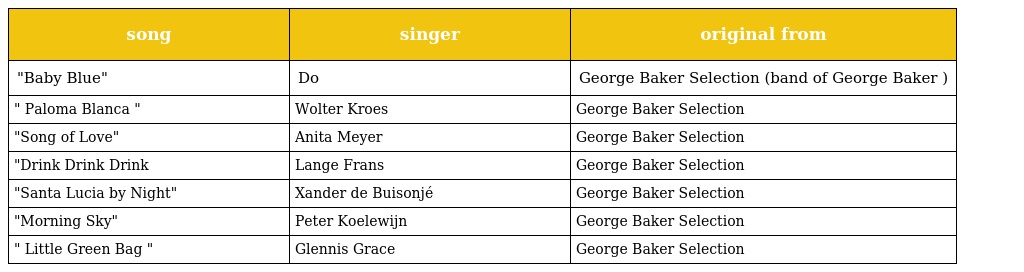
| song | singer | original from |
 | --- | --- | --- |
 | "Baby Blue" | Do | George Baker Selection (band of George Baker ) |
 | " Paloma Blanca " | Wolter Kroes | George Baker Selection |
 | "Song of Love" | Anita Meyer | George Baker Selection |
 | "Drink Drink Drink | Lange Frans | George Baker Selection |
 | "Santa Lucia by Night" | Xander de Buisonjé | George Baker Selection |
 | "Morning Sky" | Peter Koelewijn | George Baker Selection |
 | " Little Green Bag " | Glennis Grace | George Baker Selection |